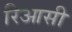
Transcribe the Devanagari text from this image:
रिआसी